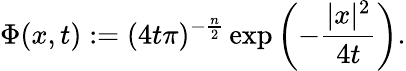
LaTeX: \Phi(x,t):=(4t\pi)^{-{\frac{n}{2}}}\exp\left(-{\frac{|x|^{2}}{4t}}\right).